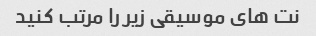
نت های موسیقی زیر را مرتب کنید